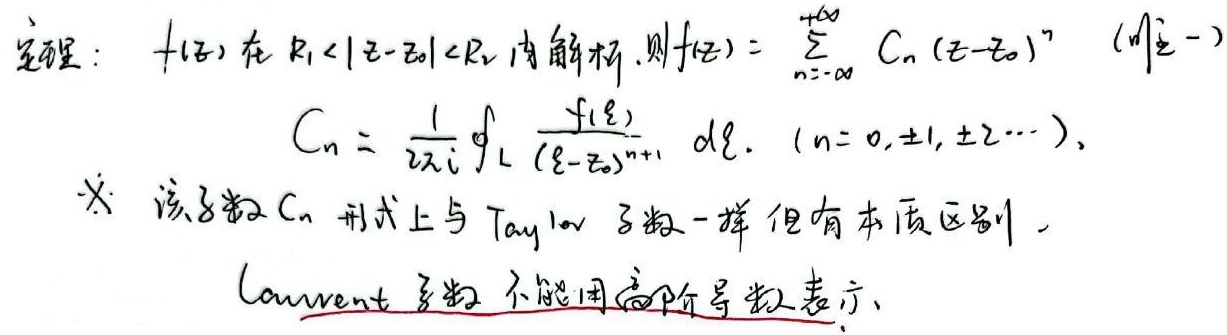
定理：\(f(z)\) 在 \(R_{1}<|z - z_{0}|<R_{2}\) 内解析，则
\[f(z)=\sum_{n = -\infty}^{+\infty}C_{n}(z - z_{0})^{n}\quad （唯一）\]
其中 \(C_{n}=\frac{1}{2\pi i}\oint_{L}\frac{f(\xi)}{(\xi - z_{0})^{n + 1}}d\xi\)，\((n = 0,\pm1,\pm2\cdots)\)。
注：该系数 \(C_{n}\) 形式上与 Taylor 系数一样但有本质区别，Laurent 系数不能用高阶导数表示。